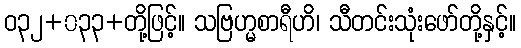
ဝ၃၂+၀၃၃+တို့ဖြင့်။ သဗြဟ္မစာရီဟိ၊ သီတင်းသုံးဖော်တို့နှင့်။